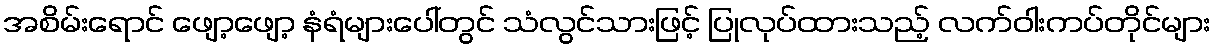
အစိမ်းရောင် ဖျော့ဖျော့ နံရံများပေါ်တွင် သံလွင်သားဖြင့် ပြုလုပ်ထားသည့် လက်ဝါးကပ်တိုင်များ